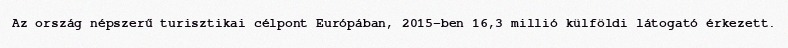
Az ország népszerű turisztikai célpont Európában, 2015-ben 16,3 millió külföldi látogató érkezett.